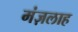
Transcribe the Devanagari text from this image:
मंज़लाह